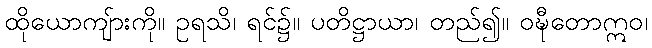
ထိုယောကျ်ားကို။ ဥရသိ၊ ရင်၌။ ပတိဋ္ဌာယာ၊ တည်၍။ ဝဍ္ဎီတောဣဝ၊